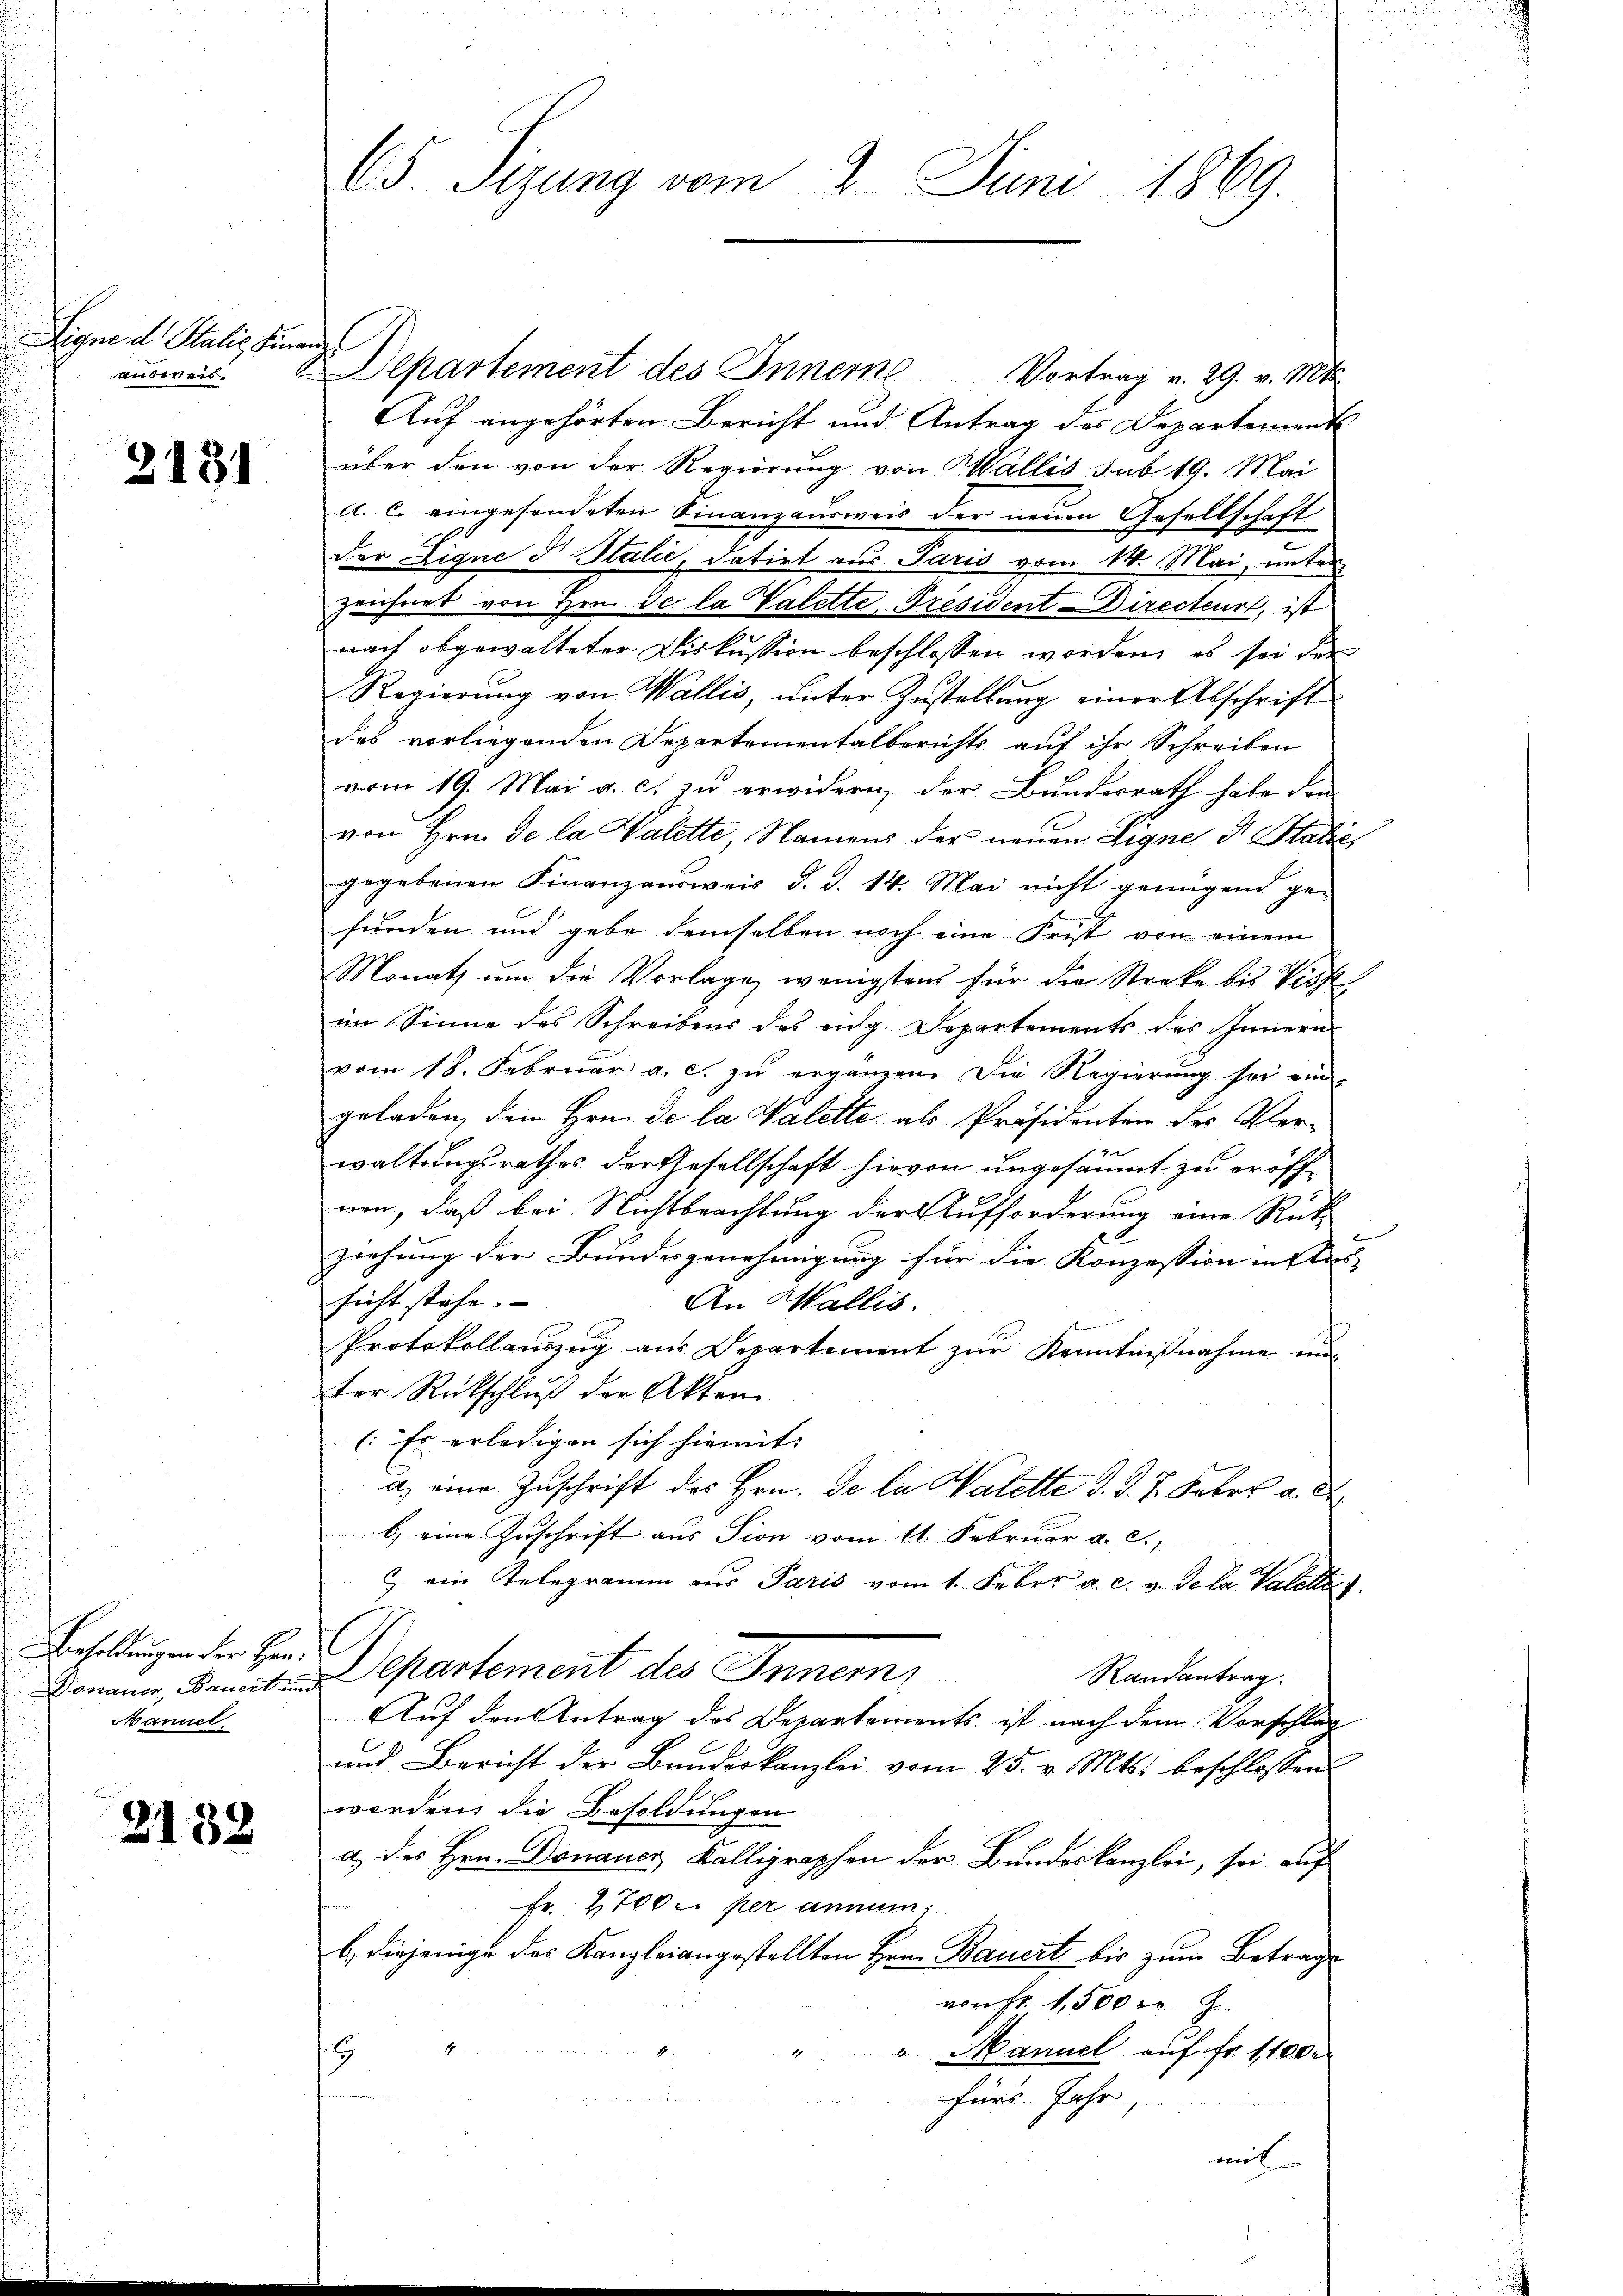
Signe d. Stalie Fina
ausweis

2131

Besoldungen der Her¬
Donauen, Bauert in
Manuel

2132

65. Sizung vom 2. Juni 1869.

d
Departement des Innere Vortrag v. 29. v. Mts.
Auf angehörten Bericht und Antrag des Departement
über den von der Regierung von Wallis sub 19. Mai
a. c. eingesendeten Finanzausweis der neuen Gesellschaft
der Eigne d. Stalić, datirt aus Paris vom 14. Mai, unter
zeichnet von Hrn. Se la Valette President-Directeur, ist
nach abgewalteter Diskussion beschlossen worden, es sei der
Regierung von Wallis, unter Zustellung einer Abschrift
des vorliegenden Departementalberichts auf ihr Schreiben
vom 19. Mai a. c. zu erwidern, der Bundesrath habe den
von Hrn. De la Valette, Namens der neuen Eigne d. Statie,
gegebenen Finanzausweis d. d. 14. Mai nicht genügend ge-
funden und gebe demselben noch eine Frist von einem
Monath um die Vorlage, wenigstens für die Streke bis Viss
im Sinne des Schreibens des eng. Departements des Innern
vom 18. Februar a. c. zŭ ergänzen. Die Regierŭng sei ein-
geladen, dem Hrn. De la Valette als Präsidenten des Verwaltungsrathes der Gesellschaft hievon ungesäumt zu eröffnen, daß bei. Nichtbeachtung der Aufforderung eine Rück
ziehung der Bundesgenehmigung für die Konzession in des |
sicht stehe.
An Wallis.
Protokollauszug aus Departement zŭr Kenntnißnahme und
ter Rückschluß der Akten
(Er erledigen sich hiemit:
a) eine Zuschrift des Hrn. De la Valette d. d. J. Febr. a. d
b) eine Zuschrift aus Tion vom 11. Februar a. c.,
. ein Telegramm aus Paris vom 1. Febr. a. c. v. Se la Valette
E
Departement des Inner,
Randantrag.
Auf den Antrag des Departements ist nach dem Vorschlag
und Bericht der Bandeskanzlei vom 25. v. Mts. beschlossen
worden, die Besoldungen
a) des Hrn. Donauer, Kalligraphen der Bundeskanzlei, sei auf
Fr. 2700 per annum
b., diejenige des Kanzleiangestellten Hrn. Bauert bis zum Betrage
von Fr. 1,500 r.
1.
Manuel auf Fr. 1100.
9
fürs Jahr,
mit